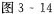
图3-14